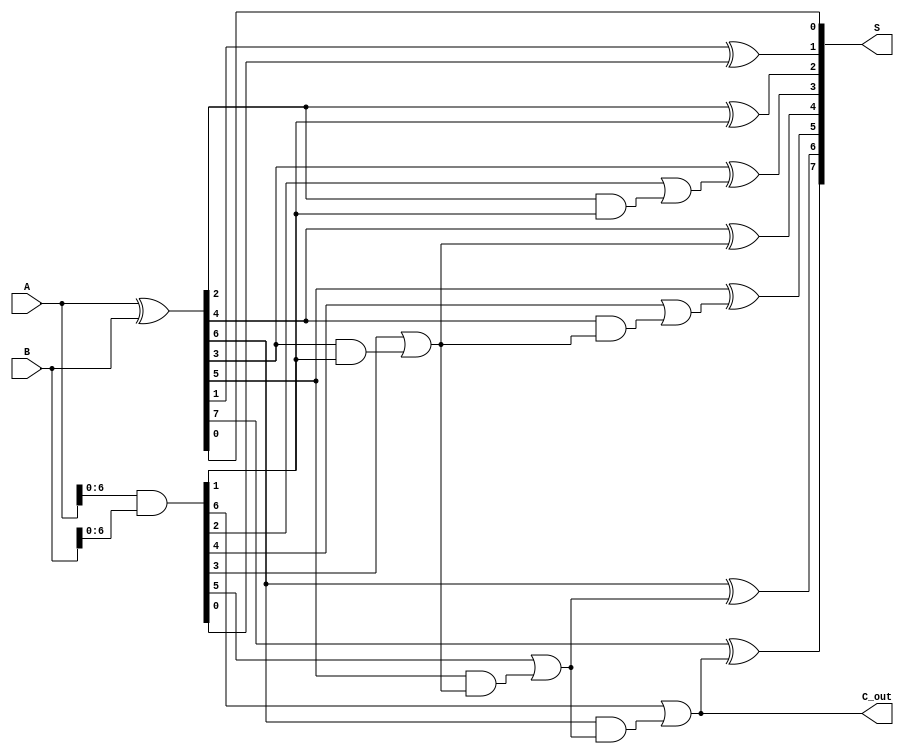
module ParallelPrefixAdder #(parameter n = 8) (
    input  [n-1:0] A,   // First n-bit input
    input  [n-1:0] B,   // Second n-bit input
    output [n-1:0] S,   // n-bit sum output
    output        C_out  // Carry out
);
    // Generate and propagate signals
    wire [n-1:0] G; // Generate
    wire [n-1:0] P; // Propagate
    wire [n:0] C;   // Carry

    // Generate and propagate calculations
    assign G = A & B;                // G[i] = A[i] & B[i]
    assign P = A ^ B;                // P[i] = A[i] ^ B[i]
    
    // Carry generation using Kogge-Stone prefix logic
    assign C[0] = 1'b0; // Assuming no initial carry-in

    genvar i, j;
    // Level 1
    generate
        for (i = 0; i < n; i = i + 1) begin
            if (i % 2 == 1) begin
                assign C[i] = G[i-1] | (P[i-1] & C[i-1]);
            end
        end
    endgenerate

    // Level 2
    generate
        for (i = 2; i < n; i = i + 2) begin
            assign C[i] = G[i-1] | (P[i-1] & C[i-2]);
        end
    endgenerate

    // Higher levels
    generate
        for (j = 2; j < n; j = j + 2) begin
            for (i = 1; i < n; i = i + 1) begin
                if (i % (1 << j) == (1 << (j-1))) begin
                    assign C[i] = G[i-1] | (P[i-1] & C[i - (1 << (j-1))]);
                end
            end
        end
    endgenerate

    // Final Carry-out
    assign C_out = C[n-1];

    // Sum calculation
    // S[i] = P[i] ^ C[i-1]
    generate
        for (i = 0; i < n; i = i + 1) begin
            assign S[i] = P[i] ^ C[i];
        end
    endgenerate

endmodule